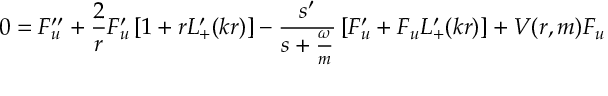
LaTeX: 0 = F _ { u } ^ { \prime \prime } + \frac { 2 } { r } F _ { u } ^ { \prime } \left[ 1 + r L _ { + } ^ { \prime } ( k r ) \right] - \frac { s ^ { \prime } } { s + \frac { \omega } { m } } \left[ F _ { u } ^ { \prime } + F _ { u } L _ { + } ^ { \prime } ( k r ) \right] + V ( r , m ) F _ { u }